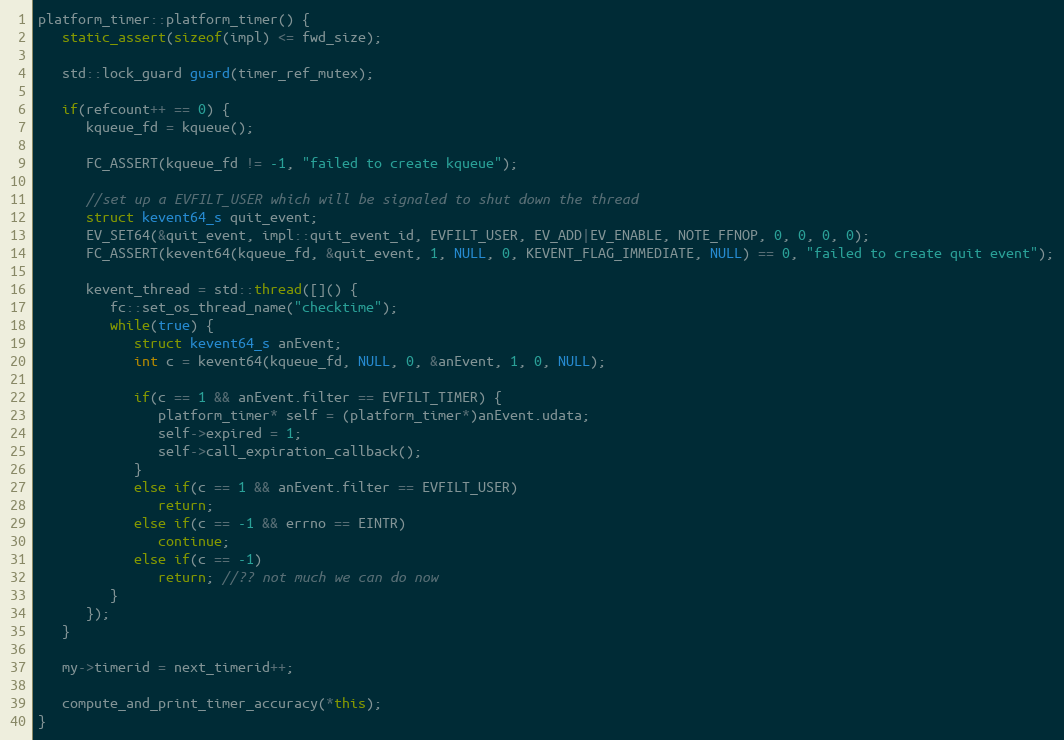
Language: C++
platform_timer::platform_timer() {
   static_assert(sizeof(impl) <= fwd_size);

   std::lock_guard guard(timer_ref_mutex);

   if(refcount++ == 0) {
      kqueue_fd = kqueue();

      FC_ASSERT(kqueue_fd != -1, "failed to create kqueue");

      //set up a EVFILT_USER which will be signaled to shut down the thread
      struct kevent64_s quit_event;
      EV_SET64(&quit_event, impl::quit_event_id, EVFILT_USER, EV_ADD|EV_ENABLE, NOTE_FFNOP, 0, 0, 0, 0);
      FC_ASSERT(kevent64(kqueue_fd, &quit_event, 1, NULL, 0, KEVENT_FLAG_IMMEDIATE, NULL) == 0, "failed to create quit event");

      kevent_thread = std::thread([]() {
         fc::set_os_thread_name("checktime");
         while(true) {
            struct kevent64_s anEvent;
            int c = kevent64(kqueue_fd, NULL, 0, &anEvent, 1, 0, NULL);

            if(c == 1 && anEvent.filter == EVFILT_TIMER) {
               platform_timer* self = (platform_timer*)anEvent.udata;
               self->expired = 1;
               self->call_expiration_callback();
            }
            else if(c == 1 && anEvent.filter == EVFILT_USER)
               return;
            else if(c == -1 && errno == EINTR)
               continue;
            else if(c == -1)
               return; //?? not much we can do now
         }
      });
   }

   my->timerid = next_timerid++;

   compute_and_print_timer_accuracy(*this);
}